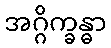
အဂ္ဂိက္ခန္ဓာ